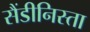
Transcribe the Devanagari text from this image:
सैंडीनिस्ता